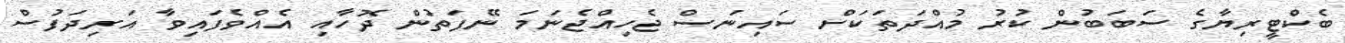
ބެކްޓީރިޔާގެ ސަބަބުން ކުރު މުއްދަތަކަށް ސައިނަސް ޖެހިއްޖެނަމަ ނޭފަތުން ދޮހާއި އެއްވެފައިވާ އަރިދަފުސް